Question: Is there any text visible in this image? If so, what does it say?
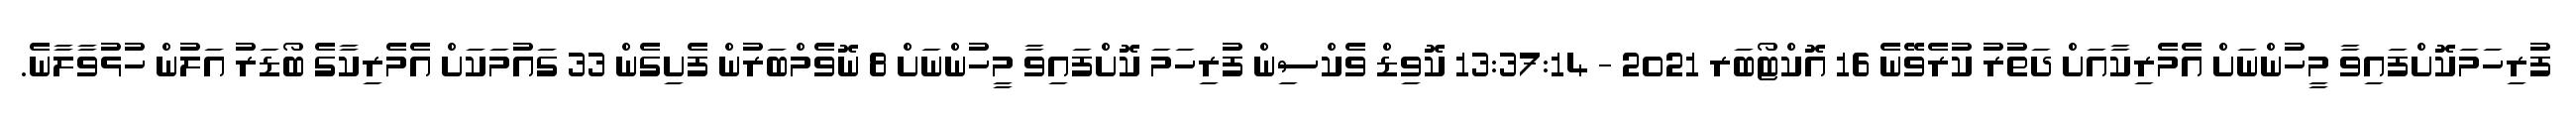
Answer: ފުރިހަމަކޮށްފައިވާ މީހުންނަށް އެމެރިކާއަށް ދަތުރު ކުރެވޭނެ 16 އޮކްޓޯބަރ 2021 - 13:37:14 ކޮވިޑް ވެކްސިން ފުރިހަމަ ކޮށްފައިވާ މީހުންނަށް 8 ނޮވެމްބަރުން ފެށިގެން 33 ގައުމަކަށް އެމެރިކާގެ ބޯޑަރު އަލުން ހުޅުވާލާނެ.